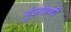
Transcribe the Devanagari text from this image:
गुंजवाणी